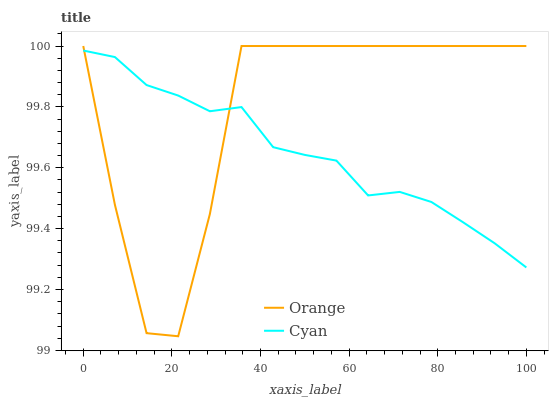
| xaxis_label | Orange | Cyan |
 | --- | --- | --- |
 | 0 | 100 | 100 |
 | 7.14 | 99.5 | 100 |
 | 14.3 | 99.1 | 99.9 |
 | 21.4 | 99 | 99.8 |
 | 28.6 | 99.4 | 99.8 |
 | 35.7 | 100 | 99.8 |
 | 42.9 | 100 | 99.7 |
 | 50 | 100 | 99.6 |
 | 57.1 | 100 | 99.6 |
 | 64.3 | 100 | 99.5 |
 | 71.4 | 100 | 99.5 |
 | 78.6 | 100 | 99.5 |
 | 85.7 | 100 | 99.4 |
 | 92.9 | 100 | 99.4 |
 | 100 | 100 | 99.3 |